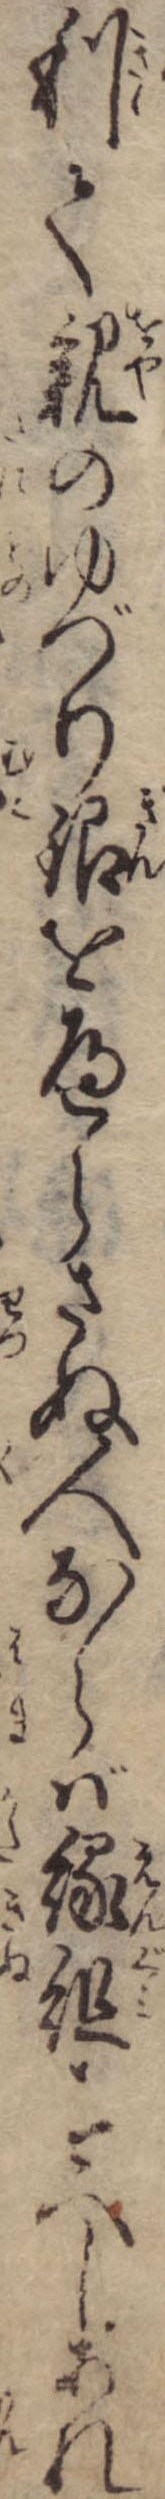
利て親のゆづり銀をへらさぬ人ならば縁組すへしあれ